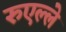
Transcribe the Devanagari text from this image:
रुएल्ले